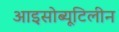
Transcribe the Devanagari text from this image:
आइसोब्यूटिलीन